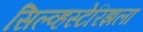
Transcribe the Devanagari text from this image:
सिल्व्हस्टेरिझला